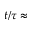
t / \tau \approx